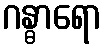
ဂန္ဓာရော